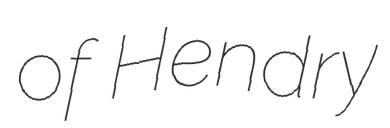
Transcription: of Hendry